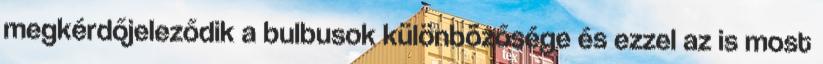
megkérdőjeleződik a bulbusok különbözősége és ezzel az is most